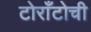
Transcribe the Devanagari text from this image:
टोराँटोची